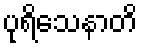
ပုရိသေနာတိ